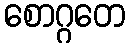
စောဂ္ဂတေ